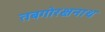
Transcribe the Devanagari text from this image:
तबगोरक्षनाथ